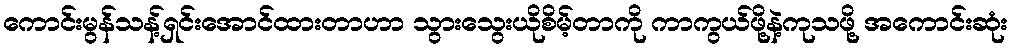
ကောင်းမွန်သန့်ရှင်းအောင်ထားတာဟာ သွားသွေးယိုစိမ့်တာကို ကာကွယ်ဖို့နဲ့ကုသဖို့ အကောင်းဆုံး